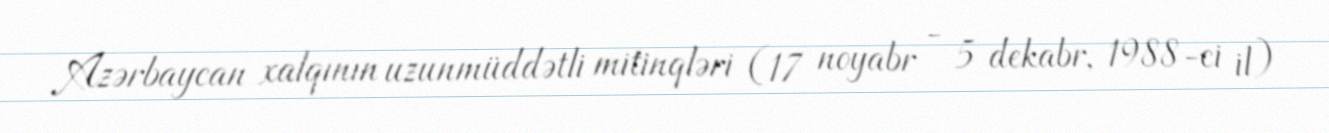
Azərbaycan xalqının uzunmüddətli mitinqləri (17 noyabr - 5 dekabr, 1988-ci il)